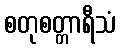
စတုစတ္တာရီသံ